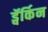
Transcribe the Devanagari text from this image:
ड्वॅर्किन